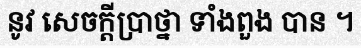
នូវ សេចក្តីប្រាថ្នា ទាំងពួង បាន ។